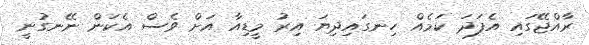
ރާއްޖޭގައި އެފަދަ ކަމެއް ހިނގައިދިޔަ އިރު މީޑިއާ އަށް ވެސް އެކަން ނޭނގުނީ